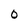
Character: 0